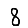
Digit: 8